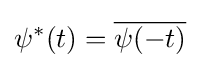
\psi ^{*}(t)={\overline {\psi (-t)}}